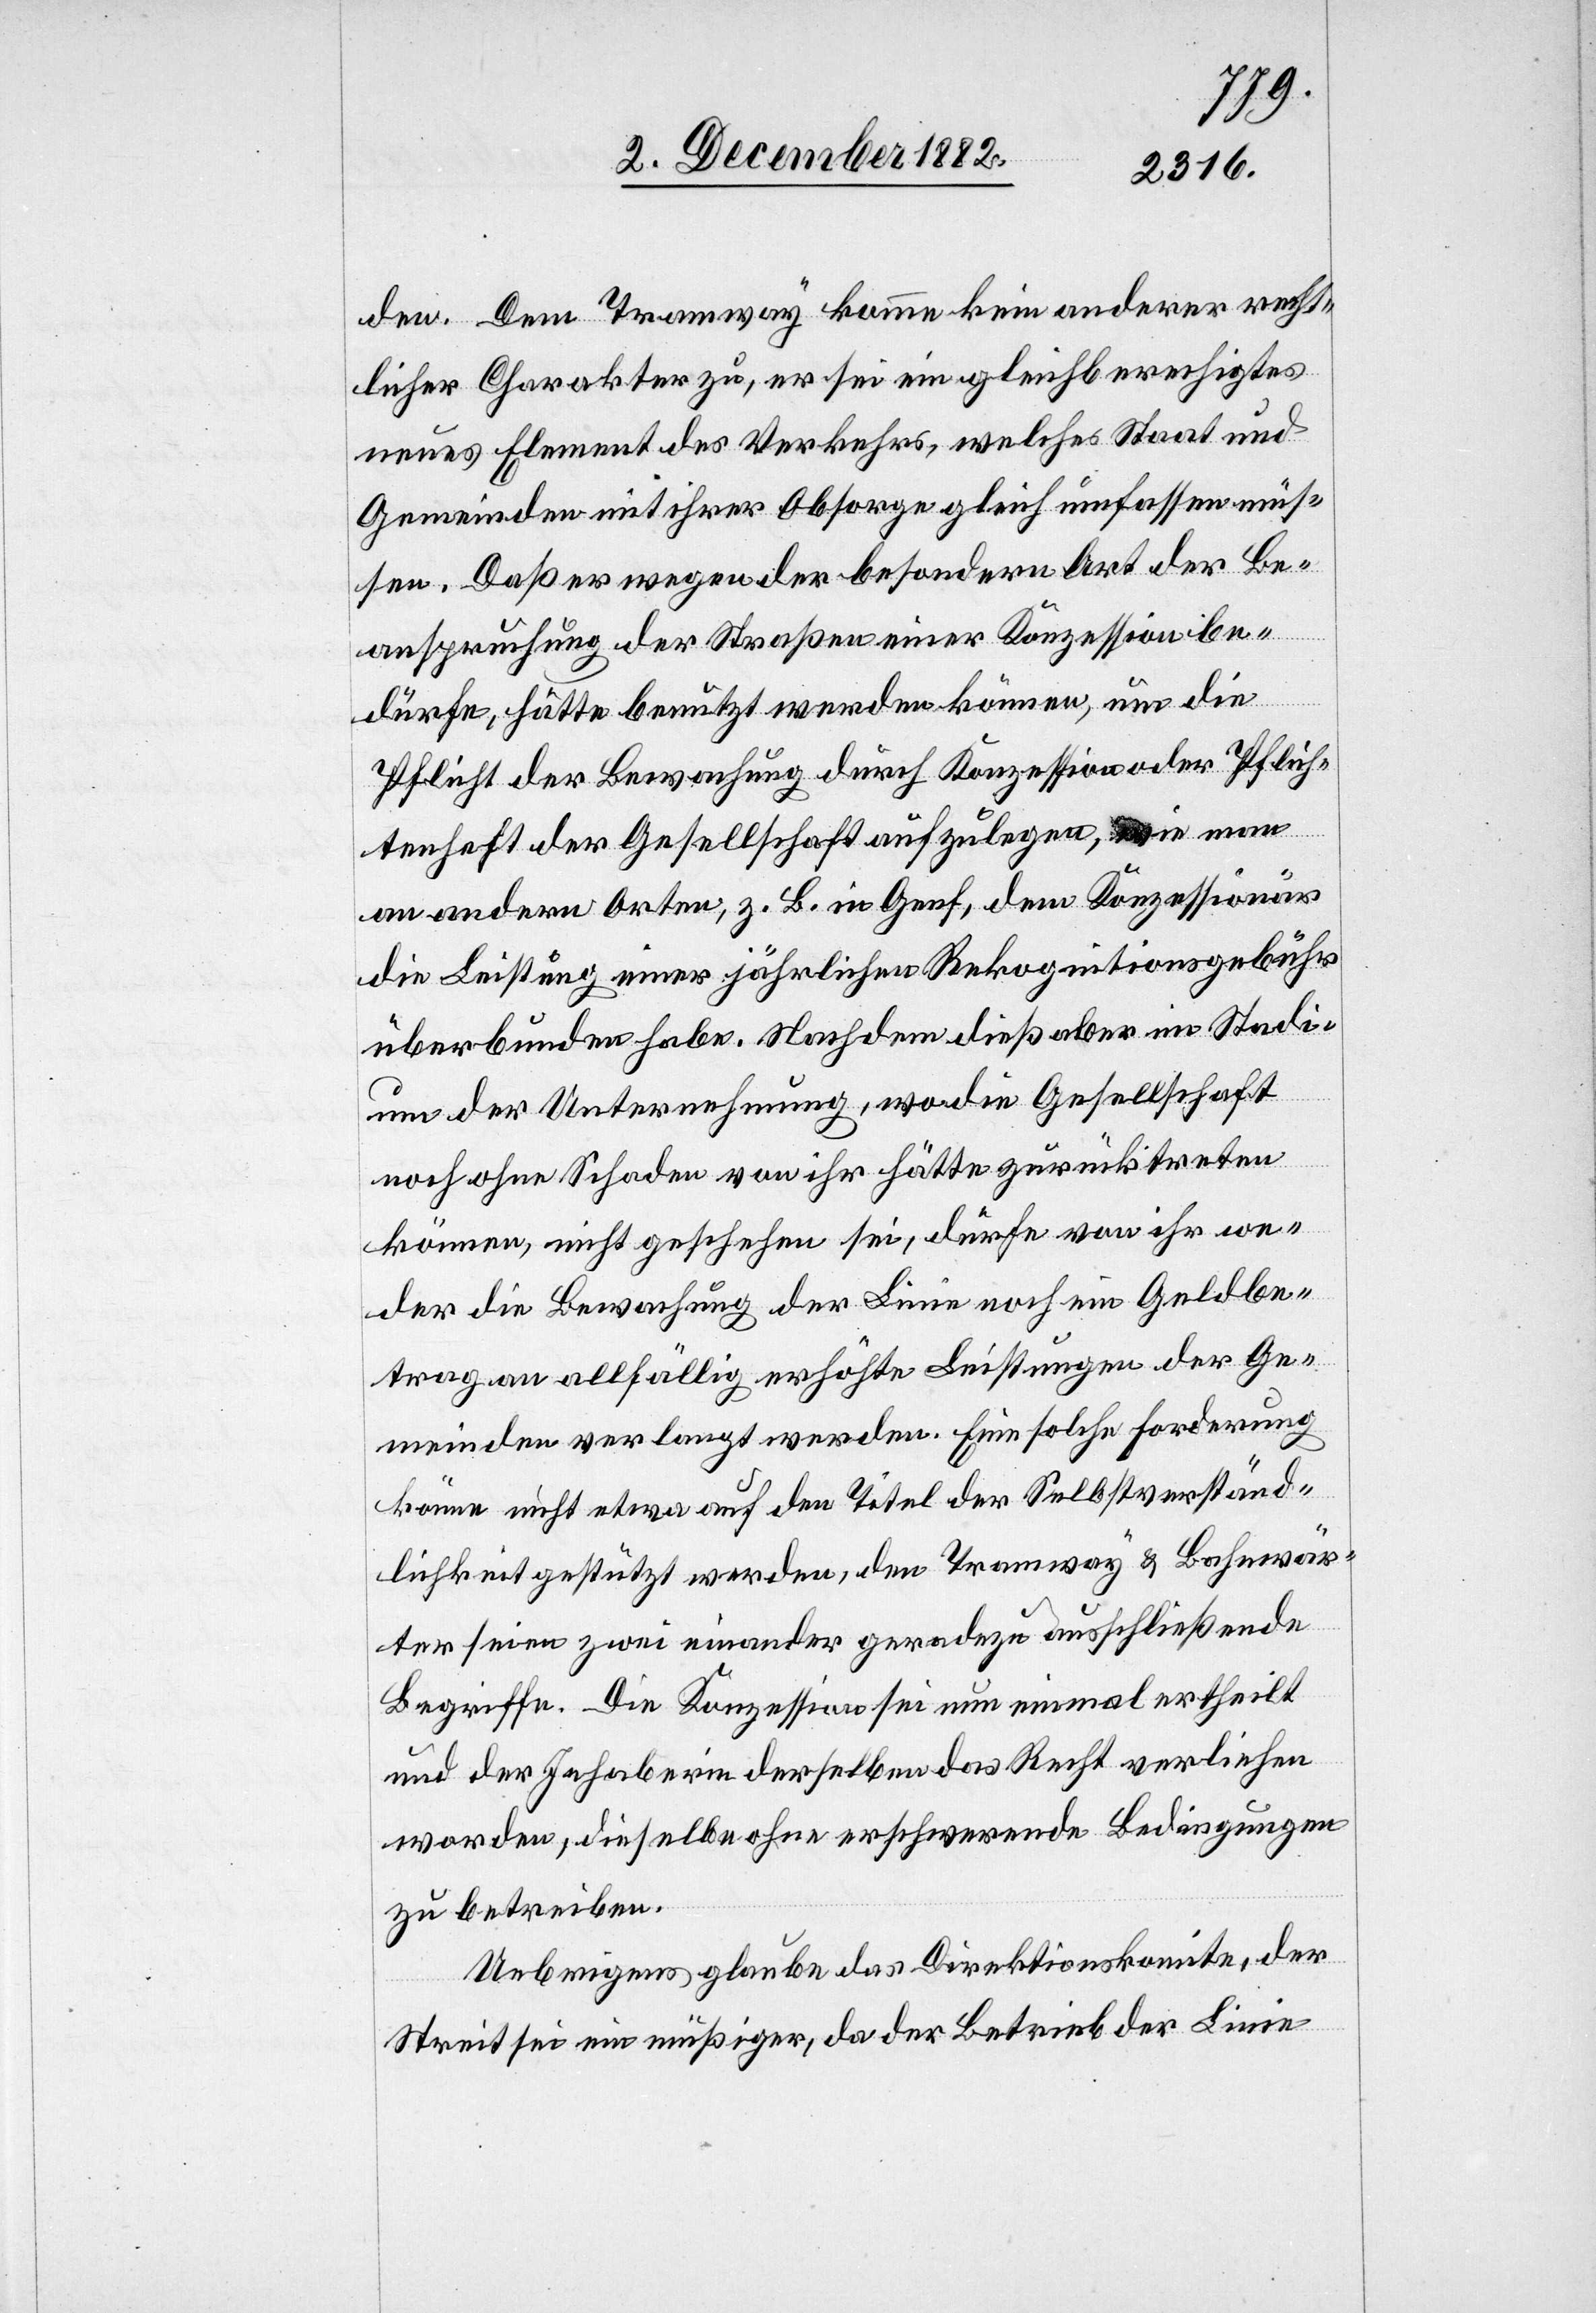
den. Dem Tramway komme kein anderer recht¬
licher Charakter zu, er sei ein gleichberechtigtes
neues Element des Verkehrs, welches Staat und
Gemeinden mit ihrer Obsorge gleich umfassen müs¬
sen. Daß er wegen der besondern Art der Be¬
anspruchung der Straßen einer Konzession be¬
dürfe, hätte benutzt werden können, um die
Pflicht der Bewachung durch Konzession oder Pflich¬
tenheft der Gesellschaft aufzulegen, wie man
an andern Orten, z. B. in Genf, dem Konzessionär
die Leistung einer jährlichen Rekognitionsgebühr
überbunden habe. Nachdem dieß aber im Stadi¬
um der Unternehmung, wo die Gesellschaft
noch ohne Schaden von ihr hätte zurücktreten
können, nicht geschehen sei, dürfe von ihr we¬
der die Bewachung der Linie noch ein Geldbe¬
trag an allfällig erhöhte Leistungen der Ge¬
meinden verlangt werden. Eine solche Forderung
könne nicht etwa auf den Titel der Selbstverständ¬
lichkeit gestützt werden, den[n] Tramway & Bahnwär¬
ter seien zwei einander geradezu ausschließende
Begriffe. Die Konzession sei nun einmal ertheilt
und der Inhaberin derselben das Recht verliehen
worden, dieselbe ohne erschwerende Bedingungen
zu betreiben.
Uebrigens glaube das Direktionskomite, der
Streit sei ein müßiger, da der Betrieb der Linie